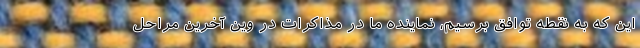
این که به نقطه توافق برسیم، نماینده ما در مذاکرات در وین آخرین مراحل